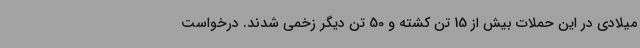
میلادی در این حملات بیش از 15 تن کشته و 50 تن دیگر زخمی شدند. درخواست